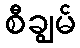
စီချွမ်